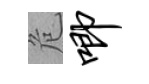
危唧